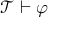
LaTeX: { \mathcal { T } } \vdash \varphi